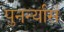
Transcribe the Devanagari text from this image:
पुनर्न्यासं